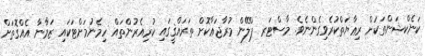
ކަނެކްޝަންތަކަށް ރިޢާޔަތްކުރެވިގެންނެވެ. މާސްޓަރ ޕްލޭން މުރާޖަޢާކޮށް ތަރައްޤީގައި ކުރިއެރުންތައް ހިމެނުމަށްޓަކައި ޒަމާނާ އެއްގޮތަށް